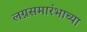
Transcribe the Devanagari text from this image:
लग्नसमारंभाच्या